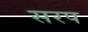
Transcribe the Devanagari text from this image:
सरप